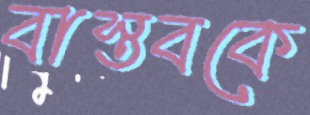
বাস্তবকে